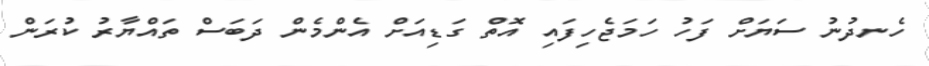
ހެނދުނު ސަޔަށް ފަހު ހަމަޖެހިފައި އޮތް ގަޑިއަށް އެންމެން ދަބަސް ތައްޔާރު ކުރަން